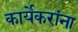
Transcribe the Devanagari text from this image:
कार्येकरांना